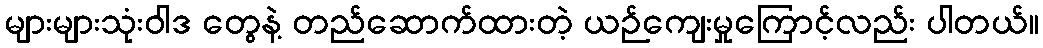
များများသုံးဝါဒ တွေနဲ့ တည်ဆောက်ထားတဲ့ ယဉ်ကျေးမှုကြောင့်လည်း ပါတယ်။